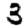
Digit: 3